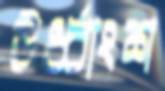
ঊর্ধ্বাংশ